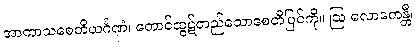
အာကာသစေတိယင်္ဂဏံ၊ တောင်ထွဋ်တည်သောစေတီပြင်ကို။ ဩ လောကေန္တီ၊